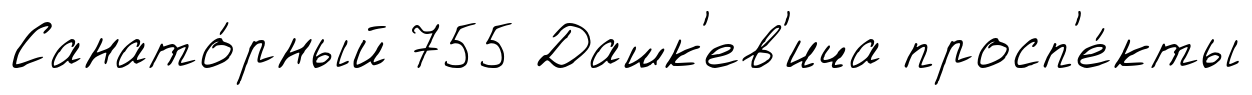
Санато́рный 755 Дашк'ев'ича просп'е́кты